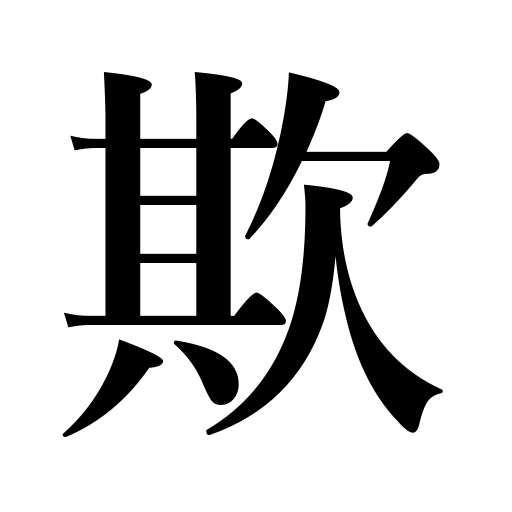
Meanings: deceive,delude,cheat